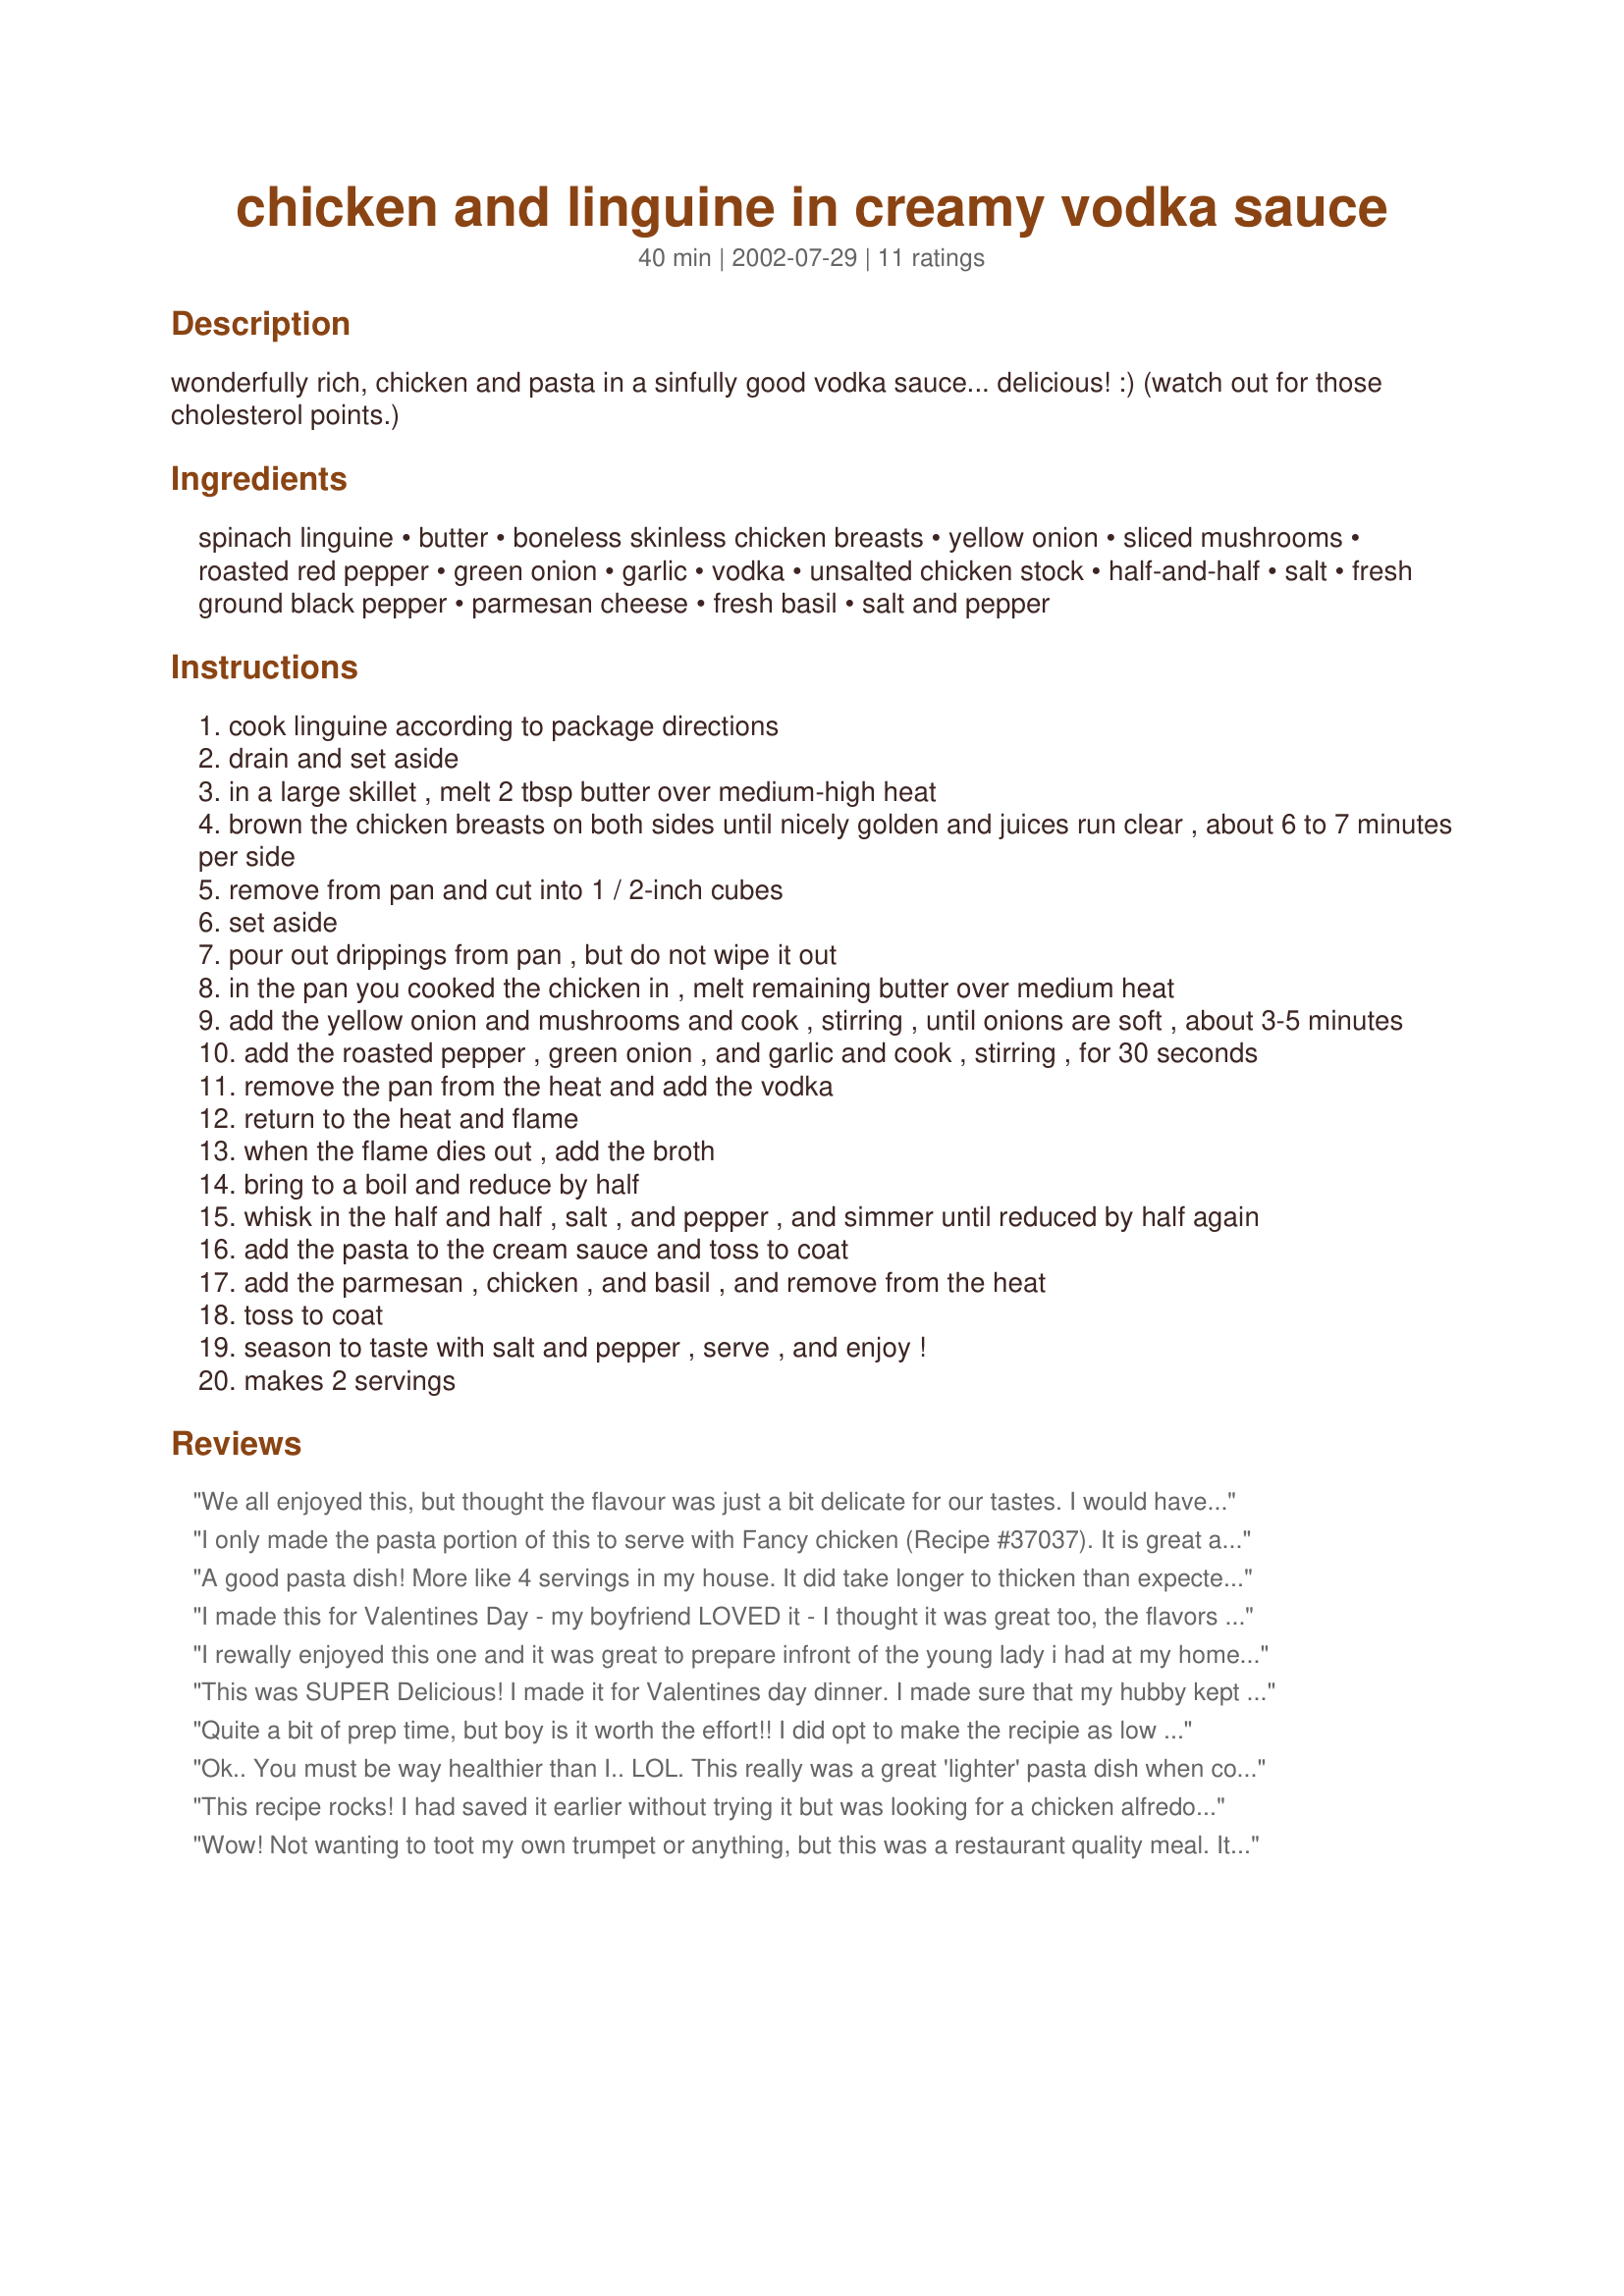
chicken and linguine in creamy vodka sauce
Preparation time: 40 minutes

wonderfully rich, chicken and pasta in a sinfully good vodka sauce... delicious! :) (watch out for those cholesterol points.)

Ingredients:
spinach linguine, butter, boneless skinless chicken breasts, yellow onion, sliced mushrooms, roasted red pepper, green onion, garlic, vodka, unsalted chicken stock, half-and-half, salt, fresh ground black pepper, parmesan cheese, fresh basil, salt and pepper

Steps:
cook linguine according to package directions
drain and set aside
in a large skillet , melt 2 tbsp butter over medium-high heat
brown the chicken breasts on both sides until nicely golden and juices run clear , about 6 to 7 minutes per side
remove from pan and cut into 1 / 2-inch cubes
set aside
pour out drippings from pan , but do not wipe it out
in the pan you cooked the chicken in , melt remaining butter over medium heat
add the yellow onion and mushrooms and cook , stirring , until onions are soft , about 3-5 minutes
add the roasted pepper , green onion , and garlic and cook , stirring , for 30 seconds
remove the pan from the heat and add the vodka
return to the heat and flame
when the flame dies out , add the broth
bring to a boil and reduce by half
whisk in the half and half , salt , and pepper , and simmer until reduced by half again
add the pasta to the cream sauce and toss to coat
add the parmesan , chicken , and basil , and remove from the heat
toss to coat
season to taste with salt and pepper , serve , and enjoy !
makes 2 servings

Reviews:
We all enjoyed this, but thought the flavour was just a bit delicate for our tastes. I would have like tomato paste, a little chilli, pesto, bacon or prosciutto in there too to give it a bit more oomph. I used a citrus vodka, and added the zest of a lemon.
I only made the pasta portion of this to serve with Fancy chicken (Recipe #37037). It is great and we loved it. I may add more veggies next time, it is just so versatile.
A good pasta dish! More like 4 servings in my house. It did take longer to thicken than expected. The kids loved the flaming pan. I will make this again. Thanks for sharing!
I made this for Valentines Day - my boyfriend LOVED it - I thought it was great too, the flavors were amazing, but I thought the sauce was a bit thin - could be my fault - perhaps I didn't reduce it enough. Took a lot of time, but definitley worth it, and if you are looking to impress - this is a great dish to make!
I rewally enjoyed this one and it was great to prepare infront of the young lady i had at my home that nihgt the flaming vodka rally made me look like i had a clue about what i was doing. 
Thanks for the great recipe.
This was SUPER Delicious! I made it for Valentines day dinner. I made sure that my hubby kept the baby occupied so that I could prep & make it. I used fat free 1/2 and 1/2 and took out the mushroom because I do not like mushrooms. It was VERY GOOD! This reciped makes more than enough for Two. We have leftovers! 
Thanks for the recipe. 

Quite a bit of prep time, but boy is it worth the effort!! I did opt to make the recipie as low fat as possible, substituting in fat-free half & half, ff chicken broth, no butter - used cooking spray. When I did the recount of calories (459) and fat grams (6), I was astonished!! Have made this recipie several times now, and have added yellow squash, zuc's, snow peas during the end of the cream reduction time to give it a little more chewing "bulk". Also, since it takes a while to do the reductions, I don't begin the linguine until I pour in the half & half. If six stars existed, this recipie would rate seven! Thanks for sharing.
Ok.. You must be way healthier than I.. LOL. This really was a great 'lighter' pasta dish when compared to most cream sauces. I loved it! I made a couple of modifications to fit taste: I did a 50/50 mix of regular and spinach fettuccine which I thought added both a subtle depth in taste as well as visual appeal. I used lf butter and halfed the total amount. The 2nd reduction took a good while to thicken - about 30 minutes for me. I added a tsp of cornstarch to help it along (I'm impatient!). Thanks for a great recipes! Lots of great flavors.
This recipe rocks! I had saved it earlier without trying it but was looking for a chicken alfredo dish tonight. This came up and I tried it. Added parsley and more mushies, peppers and parmesan. It was outstanding, thanks Julesong, this is a keeper.
Wow! Not wanting to toot my own trumpet or anything, but this was a restaurant quality meal. It was however, incredibly rich and more than adequately served 4 of us. It could have done 6! i just sliced the garlic and used 6 cloves instead of the 4. lovely. Thanks for sharing :)
I halved the sauce ingredients and still had more than enough for 2 people. I made a few modifications--had some salmon to use so substituted that for the chicken and omitted the basil as that doesn't seem to complement salmon well. This was really very tasty!
